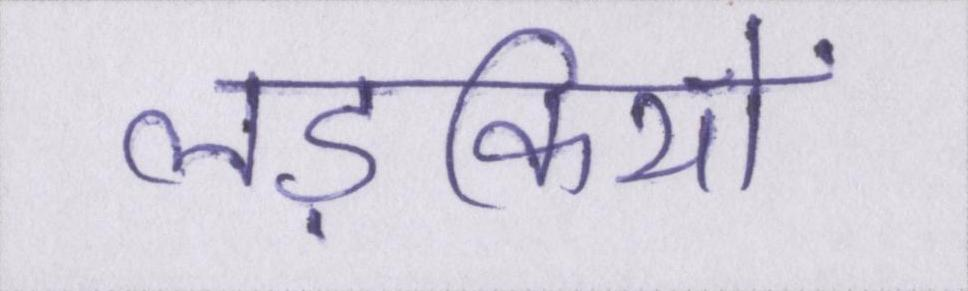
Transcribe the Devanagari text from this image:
लड़कियों